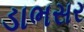
ડાભસર